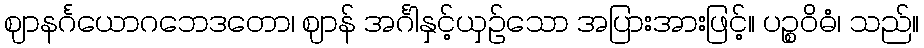
ဈာနင်္ဂယောဂဘေဒတော၊ ဈာန် အင်္ဂါနှင့်ယှဉ်သော အပြားအားဖြင့်။ ပဉ္စဝိဓံ၊ သည်။